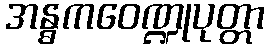
အန္ဓကဝေဏ္ဍုပုတ္တာ